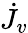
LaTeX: \dot{J_{v}}